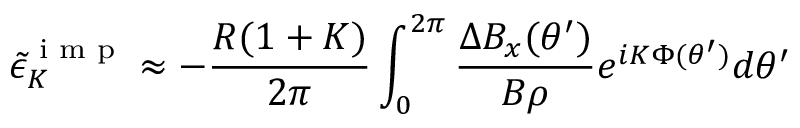
{ \tilde { \epsilon } } _ { K } ^ { \textrm { i m p } } \approx - \frac { R ( 1 + K ) } { 2 \pi } \int _ { 0 } ^ { 2 \pi } \frac { \Delta B _ { x } ( \theta ^ { \prime } ) } { B \rho } e ^ { i K \Phi ( \theta ^ { \prime } ) } d \theta ^ { \prime }